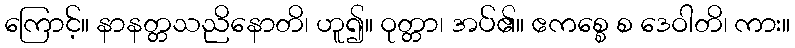
ကြောင့်။ နာနတ္တသညိနောတိ၊ ဟူ၍။ ဝုတ္တာ၊ အပ်၏။ ဧကစ္စေ စ ဒေဝါတိ၊ ကား။